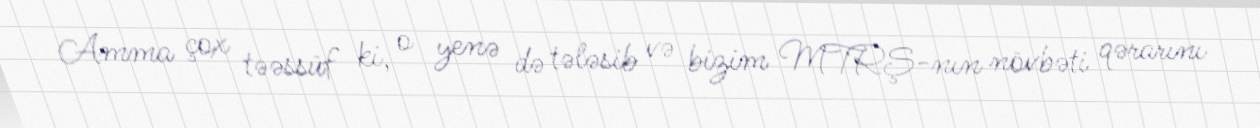
Amma çox təəssüf ki, o yenə də tələsib və bizim MTRŞ-nın növbəti qərarını